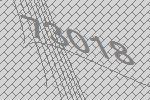
73018